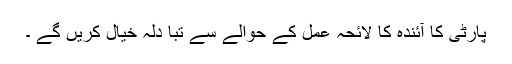
پارٹی کا آئندہ کا لائحہ عمل کے حوالے سے تبا دلہ خیال کریں گے ۔